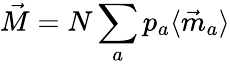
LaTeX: \vec{M}=N\sum_{a}p_{a}\langle\vec{m}_{a}\rangle